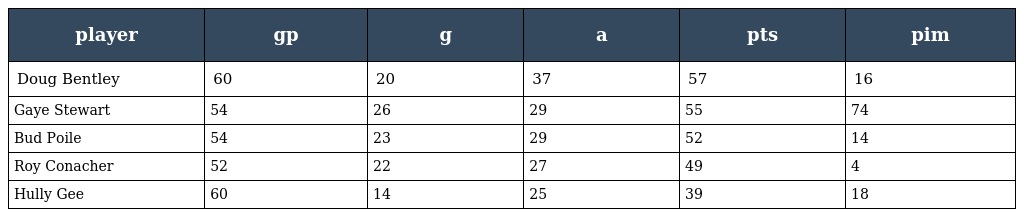
| player | gp | g | a | pts | pim |
 | --- | --- | --- | --- | --- | --- |
 | Doug Bentley | 60 | 20 | 37 | 57 | 16 |
 | Gaye Stewart | 54 | 26 | 29 | 55 | 74 |
 | Bud Poile | 54 | 23 | 29 | 52 | 14 |
 | Roy Conacher | 52 | 22 | 27 | 49 | 4 |
 | Hully Gee | 60 | 14 | 25 | 39 | 18 |